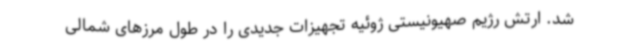
شد. ارتش رژیم صهیونیستی ژوئیه تجهیزات جدیدی را در طول مرزهای شمالی